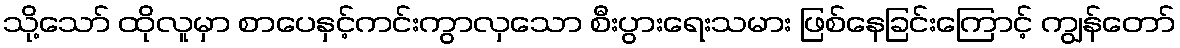
သို့သော် ထိုလူမှာ စာပေနှင့်ကင်းကွာလှသော စီးပွားရေးသမား ဖြစ်နေခြင်းကြောင့် ကျွန်တော်